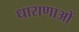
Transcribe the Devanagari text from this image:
धाराणाआें